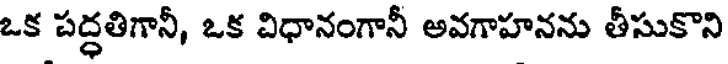
ఒక పద్ధతిగానీ, ఒక విధానంగానీ అవగాహనను తీసుకొని